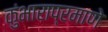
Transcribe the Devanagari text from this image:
कुंभाराप्रमाणे